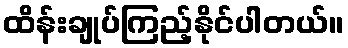
ထိန်းချုပ်ကြည့်နိုင်ပါတယ်။